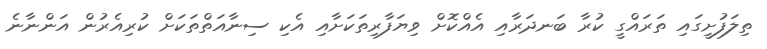
ތިލަފުށީގައި ތަރައްގީ ކުރާ ބަނދަރާއި އެއްކޮށް ވިޔަފާރިތަކަށާއި އެކި ސިނާއަތްތަކަށް ކުރިއެރުން އަންނާނެ